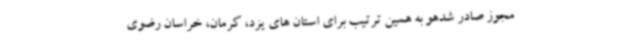
مجوز صادر شدهو به همین ترتیب برای استان های یزد، کرمان، خراسان رضوی